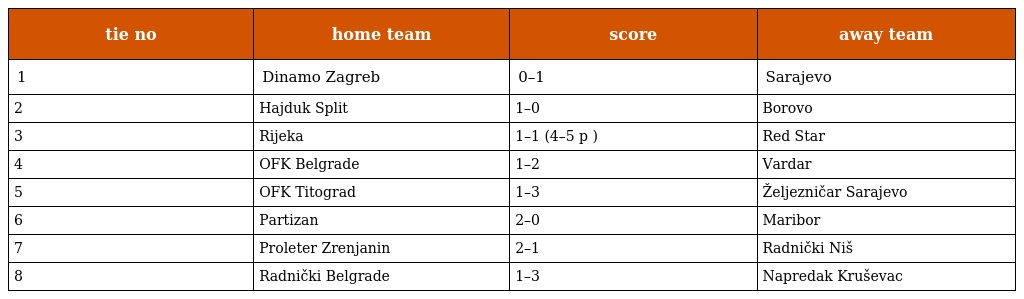
| tie no | home team | score | away team |
 | --- | --- | --- | --- |
 | 1 | Dinamo Zagreb | 0–1 | Sarajevo |
 | 2 | Hajduk Split | 1–0 | Borovo |
 | 3 | Rijeka | 1–1 (4–5 p ) | Red Star |
 | 4 | OFK Belgrade | 1–2 | Vardar |
 | 5 | OFK Titograd | 1–3 | Željezničar Sarajevo |
 | 6 | Partizan | 2–0 | Maribor |
 | 7 | Proleter Zrenjanin | 2–1 | Radnički Niš |
 | 8 | Radnički Belgrade | 1–3 | Napredak Kruševac |